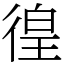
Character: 徨